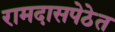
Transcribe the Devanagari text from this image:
रामदासपेठेत